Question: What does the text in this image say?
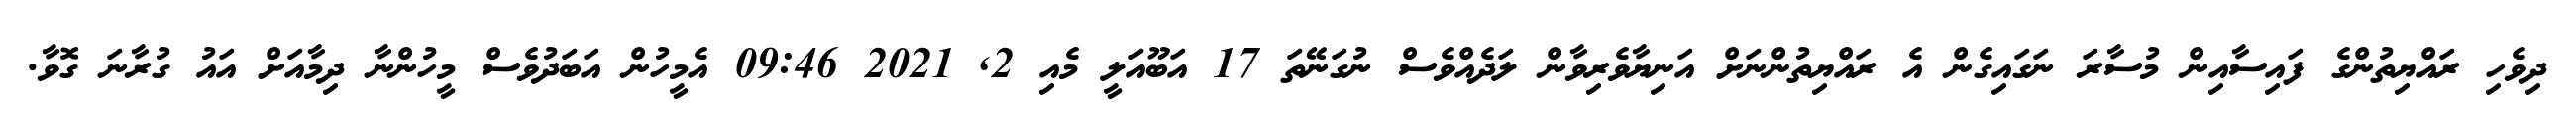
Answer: ދިވެހި ރައްޔިތުންގެ ފައިސާއިން މުސާރަ ނަގައިގެން އެ ރައްޔިތުންނަށް އަނިޔާވެރިވާން ލަދެއްވެސް ނުގަނޭތަ 17 އަބޫއަލީ މެއި 2, 2021 09:46 އެމީހުން އަބަދުވެސް މީހުންނާ ދިމާއަށް އައު ގުރާނަ ގޮވާ.